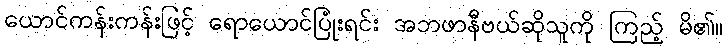
ယောင်ကန်းကန်းဖြင့် ရောယောင်ပြုံးရင်း အဘဖာနီဗယ်ဆိုသူကို ကြည့် မိ၏။